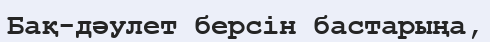
Бақ-дәулет берсін бастарыңа,